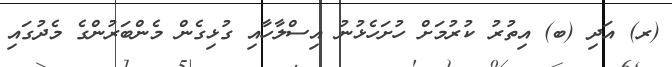
(ރ) އަދި (ބ) އިތުރު ކުރުމަށް ހުށަހެޅުނު އިސްލާހާއި ގުޅިގެން މެންބަރުންގެ މެދުގައި